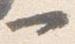
一